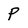
Character: P